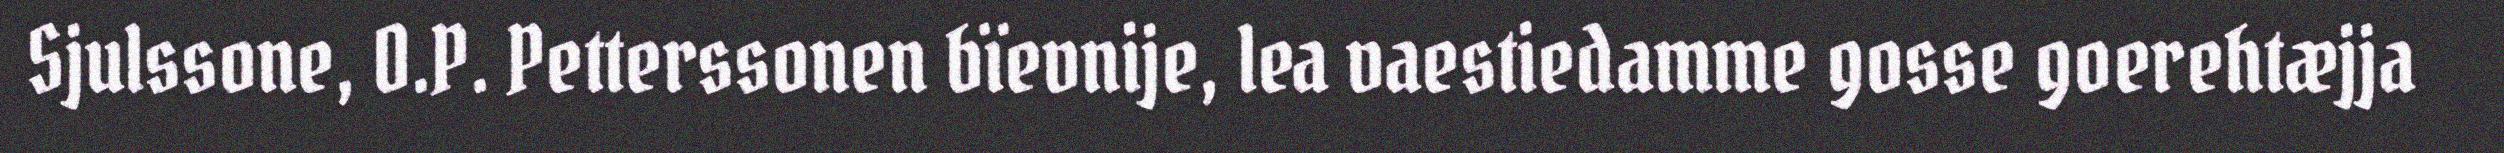
Sjulssone, O.P. Petterssonen bïevnije, lea vaestiedamme gosse goerehtæjja